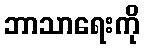
ဘာသာရေးကို